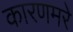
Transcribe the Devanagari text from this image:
कारणमरे